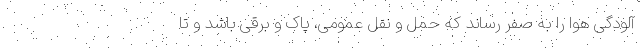
آلودگی هوا را به صفر رساند که حمل و نقل عمومی، پاک و برقی باشد و تا